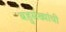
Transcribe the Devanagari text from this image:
बहुसंख्यांची